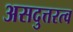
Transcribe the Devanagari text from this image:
असदुत्तरत्व